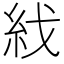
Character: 𥾮